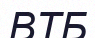
ВТБ